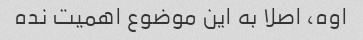
اوه، اصلا به این موضوع اهمیت نده